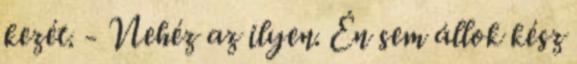
kezét. - Nehéz az ilyen. Én sem állok kész